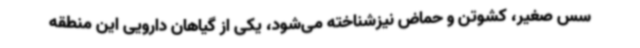
سس صغیر، کشوتن و حماض نیزشناخته می‌شود، یکی از گیاهان دارویی این منطقه